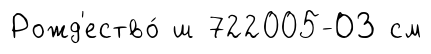
Рожд'ество́ ш 722005-ОЗ см